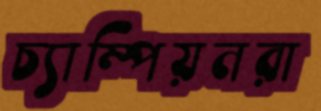
চ্যাম্পিয়নরা